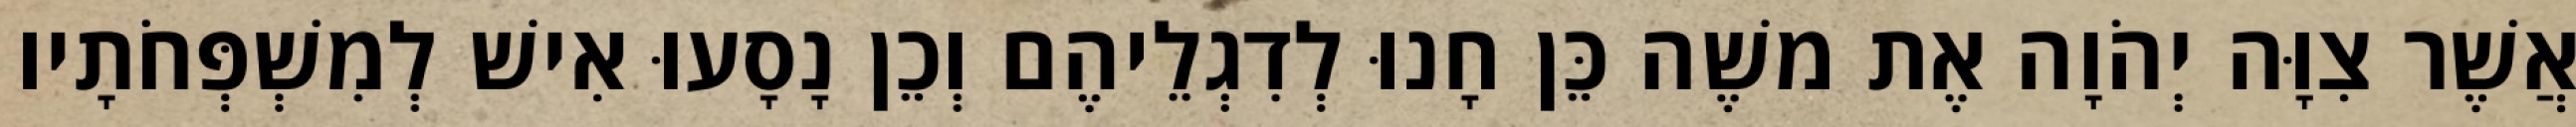
אֲשֶׁר צִוָּה יְהֹוָה אֶת משֶׁה כֵּן חָנוּ לְדִגְלֵיהֶם וְכֵן נָסָעוּ אִישׁ לְמִשְׁפְּחֹתָיו